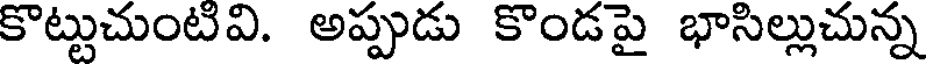
కొట్టుచుంటివి. అప్పుడు కొండపై భాసిల్లుచున్న